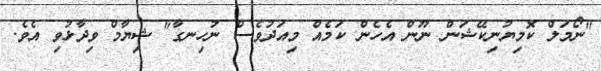
"ނޯމަލް ކޮމިޔުނިކޭޝަން ނޫން އެހެން ކަމެއް މިއަދުވެސް ނުހިނގާ" ޝިޔާމް ވިދާޅުވި އެވެ.